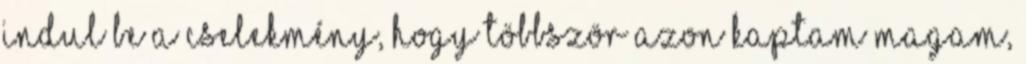
indul be a cselekmény, hogy többször azon kaptam magam,